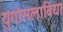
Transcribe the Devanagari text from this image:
युगोसलाविया